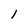
Character: 1